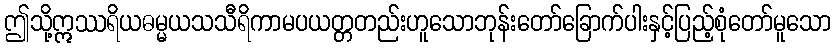
ဤသို့ဣဿရိယဓမ္မယသသီရိကာမပယတ္တတည်းဟူသောဘုန်းတော်ခြောက်ပါးနှင့်ပြည့်စုံတော်မူသော